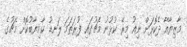
މާޒިޔާއާ ދެކޮޅަށް ނިއު މިރޭ ކުޅުނު މެޗުގައި ފުރަތަމަ ލަނޑު ކާމިޔާބުކޮށް މެޗުގެ